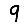
Digit: 9